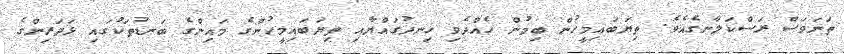
ތަނަވަސް ރަސްކަލާނގެއެވެ. ތިޔަބައިމީހުން ބިމުން ހެއްދެވި ހިނދުގައްޔާއި ތިޔަބައިމީހުންގެ މައިންގެ ބަނޑުތަކުގައި ޅަދަރިންގެ